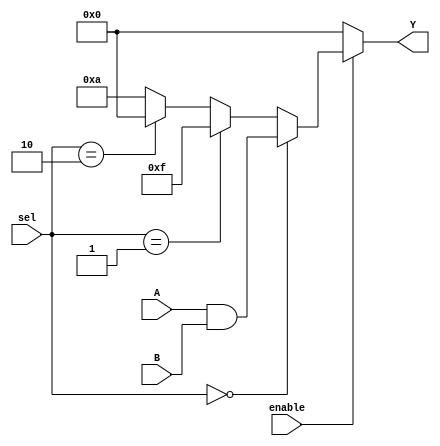
module CLB (
    input wire [3:0] A,          // 4-bit input signals
    input wire [3:0] B,          // 4-bit input signals
    input wire [1:0] sel,        // Select signal for multiplexer
    input wire enable,           // Enable signal
    output wire [3:0] Y          // 4-bit output signals
);

// Internal signals
wire [3:0] lut_out;            // Output from LUT
wire [3:0] mux_out;            // Output from multiplexer

// Lookup Table (LUT) implementation
// Example: LUT for a simple combinational function (A AND B)
assign lut_out = A & B; // You can modify this to implement different logic functions

// Multiplexer implementation
// Select between LUT output and a constant value (e.g., 4'b1111)
assign mux_out = (sel == 2'b00) ? lut_out : 
                 (sel == 2'b01) ? 4'b1111 : 
                 (sel == 2'b10) ? 4'b0000 : 
                 4'b1010; // Default case

// Output logic with enable signal
assign Y = enable ? mux_out : 4'b0000; // If enable is low, output is 0

endmodule